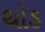
થોડ